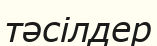
тәсілдер